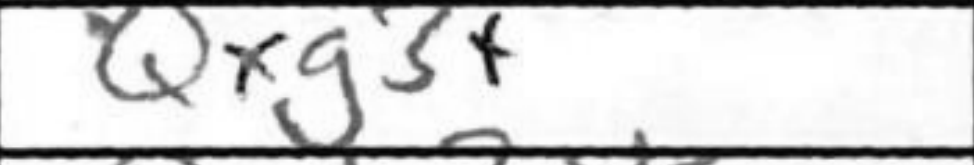
Transcription: Qxg3+